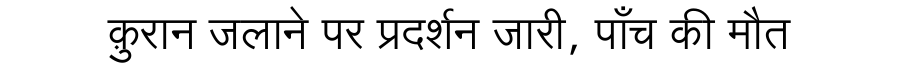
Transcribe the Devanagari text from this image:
क़ुरान जलाने पर प्रदर्शन जारी, पाँच की मौत